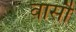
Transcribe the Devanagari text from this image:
वार्सौ